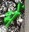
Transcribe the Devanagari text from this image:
भें